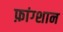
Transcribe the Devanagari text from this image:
फ़ांग्शान